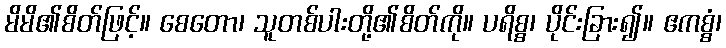
မိမိ၏စိတ်ဖြင့်။ စေတော၊ သူတစ်ပါးတို့၏စိတ်ကို။ ပရိစ္စ၊ ပိုင်းခြား၍။ ဧကစ္စံ၊